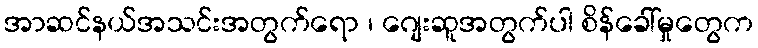
အာဆင်နယ်အသင်းအတွက်ရော ၊ ဂျေးဆူအတွက်ပါ စိန်ခေါ်မှုတွေက